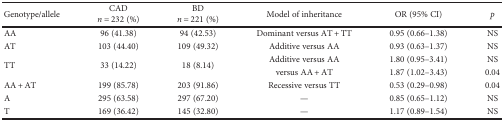
| Genotype/allele | CADn = 232 (%) | BDn = 221 (%) | Model of inheritance | OR (95% CI) | p |
 | --- | --- | --- | --- | --- | --- |
 | AA | 96 (41.38) | 94 (42.53) | Dominant versus AT + TT | 0.95 (0.66–1.38) | NS |
 | AT | 103 (44.40) | 109 (49.32) | Additive versus AA | 0.93 (0.63–1.37) | NS |
 | <ROWSPAN=2> TT | <ROWSPAN=2> 33 (14.22) | <ROWSPAN=2> 18 (8.14) | Additive versus AA | 1.80 (0.95–3.41) | NS |
 | versus AA + AT | 1.87 (1.02–3.43) | 0.04 |
 | AA + AT | 199 (85.78) | 203 (91.86) | Recessive versus TT | 0.53 (0.29–0.98) | 0.04 |
 | A | 295 (63.58) | 297 (67.20) | — | 0.85 (0.65–1.12) | NS |
 | T | 169 (36.42) | 145 (32.80) | — | 1.17 (0.89–1.54) | NS |